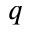
q